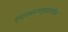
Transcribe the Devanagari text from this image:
वृंदारकगणवृन्दाराधित